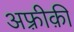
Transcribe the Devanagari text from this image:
अफ़्रीक़ी